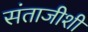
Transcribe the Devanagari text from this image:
संताजीशी